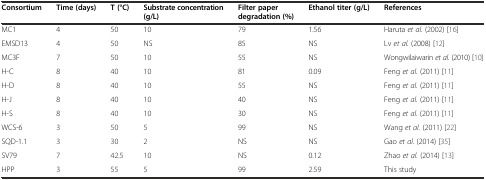
<table><thead><tr><td><b>Consortium</b></td><td><b>Time (days)</b></td><td><b>T (°C)</b></td><td><b>Substrate concentration (g/L)</b></td><td><b>Filter paper degradation (%)</b></td><td><b>Ethanol titer (g/L)</b></td><td><b>References</b></td></tr></thead><tbody><tr><td>MC1</td><td>4</td><td>50</td><td>10</td><td>79</td><td>1.56</td><td>Haruta <i>et al.</i> (2002) [16]</td></tr><tr><td>EMSD13</td><td>4</td><td>50</td><td>NS</td><td>85</td><td>NS</td><td>Lv <i>et al.</i> (2008) [12]</td></tr><tr><td>MC3F</td><td>7</td><td>50</td><td>10</td><td>55</td><td>NS</td><td>Wongwilaiwarin <i>et al.</i> (2010) [10]</td></tr><tr><td>H-C</td><td>8</td><td>40</td><td>10</td><td>81</td><td>0.09</td><td>Feng <i>et al.</i> (2011) [11]</td></tr><tr><td>H-D</td><td>8</td><td>40</td><td>10</td><td>55</td><td>NS</td><td>Feng <i>et al.</i> (2011) [11]</td></tr><tr><td>H-J</td><td>8</td><td>40</td><td>10</td><td>40</td><td>NS</td><td>Feng <i>et al.</i> (2011) [11]</td></tr><tr><td>H-S</td><td>8</td><td>40</td><td>10</td><td>30</td><td>NS</td><td>Feng <i>et al</i>. (2011) [11]</td></tr><tr><td>WCS-6</td><td>3</td><td>50</td><td>5</td><td>99</td><td>NS</td><td>Wang <i>et al.</i> (2011) [22]</td></tr><tr><td>SQD-1.1</td><td>3</td><td>30</td><td>2</td><td>NS</td><td>NS</td><td>Gao <i>et al.</i> (2014) [35]</td></tr><tr><td>SV79</td><td>7</td><td>42.5</td><td>10</td><td>NS</td><td>0.12</td><td>Zhao <i>et al.</i> (2014) [13]</td></tr><tr><td>HPP</td><td>3</td><td>55</td><td>5</td><td>99</td><td>2.59</td><td>This study</td></tr></tbody></table>